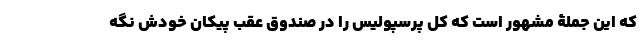
که این جملۀ مشهور است که کل پرسپولیس را در صندوق عقب پیکان خودش نگه